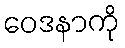
ဝေဒနာကို